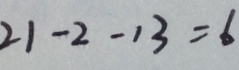
2 1 - 2 - 1 3 = 6